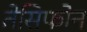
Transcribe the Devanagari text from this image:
तेसिफोन